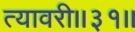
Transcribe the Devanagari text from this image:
त्यावरी॥३१॥